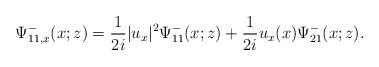
\begin{align*}\Psi^-_{11,x}(x;z)=\frac{1}{2 i}|u_x|^{2} \Psi^-_{11}(x;z)+\frac{1}{2 i} u_x(x) \Psi^-_{21}(x;z).\end{align*}